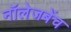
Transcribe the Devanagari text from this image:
नॉलेजबेंच